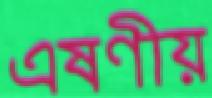
এষণীয়